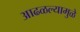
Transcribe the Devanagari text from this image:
आढळल्यामुळे